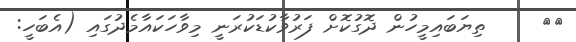
٨١     ތިޔަބައިމީހުން ދޮގުކޮށް ފަރުވާކުޑަކުރަނީ މިވާހަކައާމެދުގައި (އެބަހީ: